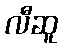
လီဆူ